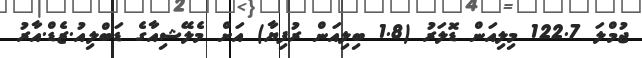
ޖުމްލަ 122.7 މިލިއަން ޑޮލަރު (1.8 ބިލިއަން ރުފިޔާ) އަށް މެލޭޝިއާގެ ޑަބްލިއު.ޒެޑް.އާރު